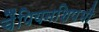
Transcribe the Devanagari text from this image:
चैंपियनशिपभी